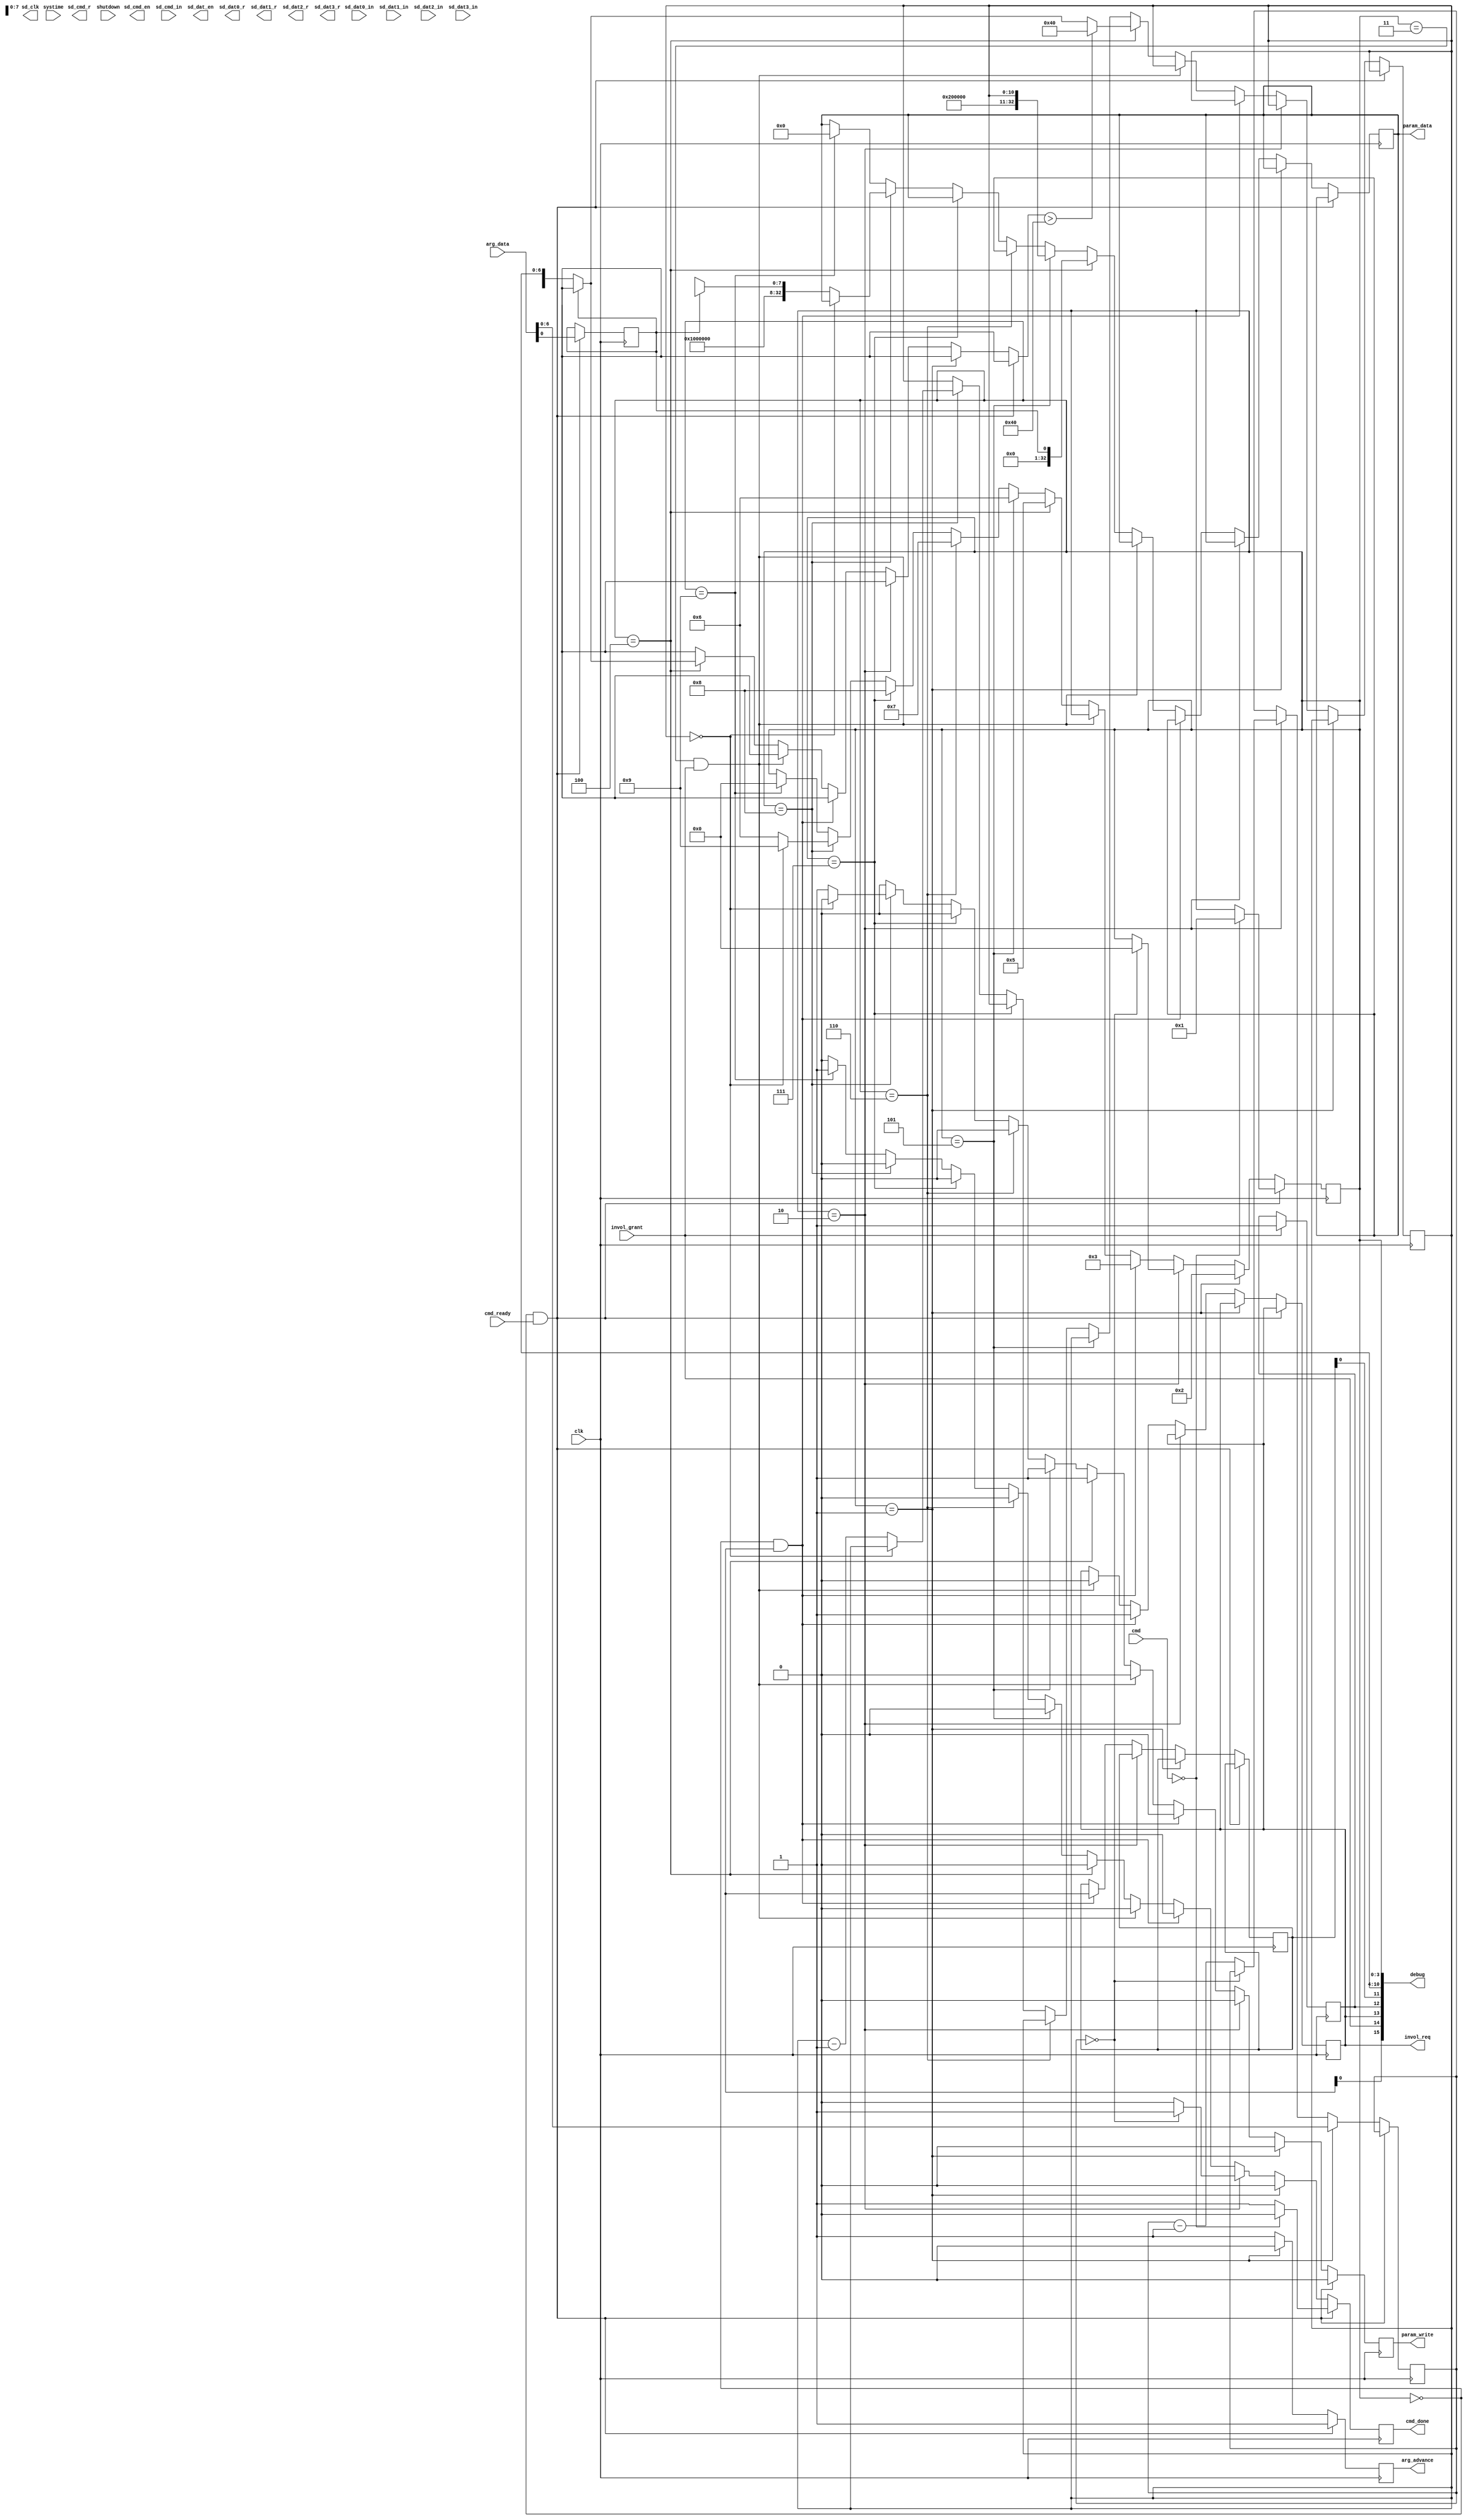
module sd #(
	parameter HZ = 0,
	parameter CMD_BITS = 0,
	parameter NSD = 0,
	parameter CMD_SD_QUEUE = 0,
	parameter RSP_SD_CMDQ = 0,
	parameter RSP_SD_DATQ = 0
) (
	input wire clk,
	input wire [31:0] systime,

	input wire [31:0] arg_data,
	output reg arg_advance,
	input wire [CMD_BITS-1:0] cmd,
	input wire cmd_ready,
	output reg cmd_done = 0,

	output reg [32:0] param_data = 0,
	output reg param_write = 0,

	output reg invol_req = 0,
	input wire invol_grant,

	output wire [NSD-1:0] sd_clk,
	output wire [NSD-1:0] sd_cmd_en,
	input wire [NSD-1:0] sd_cmd_in,
	output wire [NSD-1:0] sd_cmd_r,
	output wire [NSD-1:0] sd_dat_en,
	input wire [NSD-1:0] sd_dat0_in,
	input wire [NSD-1:0] sd_dat1_in,
	input wire [NSD-1:0] sd_dat2_in,
	input wire [NSD-1:0] sd_dat3_in,
	output wire [NSD-1:0] sd_dat0_r,
	output wire [NSD-1:0] sd_dat1_r,
	output wire [NSD-1:0] sd_dat2_r,
	output wire [NSD-1:0] sd_dat3_r,

	output wire [15:0] debug,

	input wire shutdown	/* not used */
);

/*
	CMD_SD_QUEUE <channel> <data>(str)
	RSP_SD_CMDQ <channel> <data>(str)
	RSP_SD_DATQ <channel> <data>(str)
*/

localparam NSD_BITS = $clog2(NSD) ? $clog2(NSD) : 1;
localparam DOUT_ADDR_BITS = 11; /* one BRAM */
reg [NSD_BITS-1:0] channel = 0;

wire [7:0] sd_cmd_data = arg_data[7:0];
reg [NSD-1:0] sd_cmd_valid = 0;
wire [NSD-1:0] sd_cmd_full;
wire [7:0] sd_output_data[NSD];
wire [DOUT_ADDR_BITS-1:0] sd_output_elemcnt[NSD];
reg [NSD-1:0] sd_output_advance = 0;
wire [NSD-1:0] sd_output_start;
genvar gi;
generate
	for (gi = 0; gi < NSD; gi = gi + 1) begin : gensd
		sdc #(
			.HZ(HZ),
			.DOUT_ADDR_BITS(DOUT_ADDR_BITS)
		) u_sdc (
			.clk(clk),
			.payload_data(),
			.payload_valid(),
			.cmd_data(sd_cmd_data),
			.cmd_valid(sd_cmd_valid[gi]),
			.cmd_full(sd_cmd_full[gi]),
			.output_data(sd_output_data[gi]),
			.output_elemcnt(sd_output_elemcnt[gi]),
			.output_start(sd_output_start[gi]),
			.output_advance(sd_output_advance[gi]),

			/* SD card signals */
			.sd_clk(sd_clk[gi]),
			.sd_cmd_en(sd_cmd_en[gi]),
			.sd_cmd_in(sd_cmd_in[gi]),
			.sd_cmd_r(sd_cmd_r[gi]),
			.sd_dat_en(sd_dat_en[gi]),
			.sd_dat0_in(sd_dat0_in[gi]),
			.sd_dat1_in(sd_dat1_in[gi]),
			.sd_dat2_in(sd_dat2_in[gi]),
			.sd_dat3_in(sd_dat3_in[gi]),
			.sd_dat0_r(sd_dat0_r[gi]),
			.sd_dat1_r(sd_dat1_r[gi]),
			.sd_dat2_r(sd_dat2_r[gi]),
			.sd_dat3_r(sd_dat3_r[gi])
		);
	end
endgenerate

localparam PS_IDLE			= 0;
localparam PS_SD_QUEUE_1		= 1;
localparam PS_SD_QUEUE_2		= 2;
localparam PS_WAIT_GRANT		= 3;
localparam PS_SD_OUT_1			= 4;
localparam PS_SD_OUT_2			= 5;
localparam PS_SD_OUT_3			= 6;
localparam PS_SD_OUT_4			= 7;
localparam PS_SD_OUT_5			= 8;
localparam PS_SD_OUT_6			= 9;
localparam PS_MAX			= 9;

localparam PS_BITS= $clog2(PS_MAX + 1);
reg [PS_BITS-1:0] state = 0;
reg [6:0] cmd_len; /* counter for string len */
reg [DOUT_ADDR_BITS-1:0] out_cnt;
reg [NSD-1:0] latched_output_start = 0;

integer i;
always @(posedge clk) begin
	cmd_done <= 0;
	sd_cmd_valid <= 0;
	arg_advance <= 1;
	sd_output_advance <= 0;
	param_write <= 0;
	if (state == PS_IDLE && cmd_ready) begin
		// common to all cmds
		channel <= arg_data[NSD_BITS-1:0];
		if (cmd == CMD_SD_QUEUE) begin
			state <= PS_SD_QUEUE_1;
		end else begin
			cmd_done <= 1;
		end
	end else if (state == PS_SD_QUEUE_1) begin
		cmd_len <= arg_data;
		arg_advance <= 0;
		state <= PS_SD_QUEUE_2;
	end else if (state == PS_SD_QUEUE_2) begin
		if (cmd_len == 0) begin
			cmd_done <= 1;
			state <= PS_IDLE;
		end else begin
			cmd_len <= cmd_len - 1;
			sd_cmd_valid[channel] <= 1;
		end
	end else if (state == PS_IDLE && sd_output_start) begin
		invol_req <= 1;
		state <= PS_WAIT_GRANT;
		latched_output_start <= sd_output_start;
	end else if (state == PS_WAIT_GRANT && invol_grant) begin
		invol_req <= 0;
		/* arbitrate, highest wins */
		for (i = 0; i < NSD; i = i + 1) begin
			if (latched_output_start[i]) begin
				channel <= i;
				state <= PS_SD_OUT_1;
			end
		end
	end else if (state == PS_SD_OUT_1) begin
		param_data <= channel;
		param_write <= 1;
		if (sd_output_elemcnt[channel] > 64)
			out_cnt <= 64;
		else
			out_cnt <= sd_output_elemcnt[channel];
		state <= PS_SD_OUT_2;
	end else if (state == PS_SD_OUT_2) begin
		param_data <= { 1'b1, { 32 - DOUT_ADDR_BITS { 1'b0 }}, out_cnt };
		param_write <= 1;
		state <= PS_SD_OUT_3;
	end else if (state == PS_SD_OUT_3) begin
		/* wait for data */
		state <= PS_SD_OUT_4;
	end else if (state == PS_SD_OUT_4) begin
		/* wait for data */
		state <= PS_SD_OUT_5;
	end else if (state == PS_SD_OUT_5) begin
		if (out_cnt == 0) begin
			state <= PS_SD_OUT_6;
		end else begin
			param_data <= { 25'h1000000, sd_output_data[channel] };
			param_write <= 1;
			sd_output_advance[channel] <= 1;
			out_cnt <= out_cnt - 1;
			state <= PS_SD_OUT_3;
		end
	end else if (state == PS_SD_OUT_6) begin
		cmd_done <= 1;
		param_data <= RSP_SD_CMDQ;
		state <= PS_IDLE;
	end
end

reg grant_seen = 0;
always @(posedge clk) begin
	if (invol_grant)
		grant_seen <= 1;
end

assign debug[3:0] = state;
assign debug[10:4] = sd_output_elemcnt[0];
assign debug[11] = latched_output_start;
assign debug[12] = grant_seen;
assign debug[13] = invol_req;
assign debug[14] = invol_grant;
assign debug[15] = sd_output_start[0];

endmodule